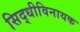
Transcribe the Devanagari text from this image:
सिद्धीविनायक